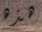
هذه